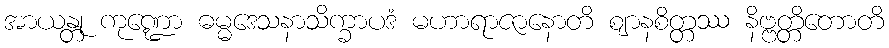
အာယန္တု ကုဏ္ဍော ဓမ္မဒေသနာသိက္ခာပဒံ မဟာရာဇာနောတိ ဈာနစိတ္တဿ နိဗ္ဗတ္တိတောတိ